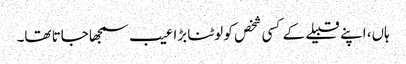
ہاں، اپنے قبیلے کے کسی شخص کو لوٹنا بڑا عیب سمجھا جاتا تھا۔